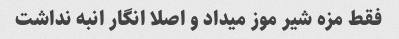
فقط مزه شیر موز میداد و اصلا انگار انبه نداشت